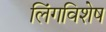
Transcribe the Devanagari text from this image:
लिंगविशेष